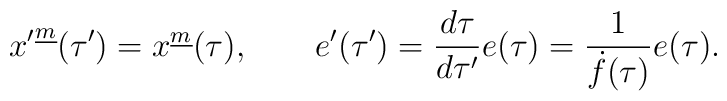
{x'}^{\underline m}(\tau')=x^{\underline m}(\tau), \qquad e'(\tau')={d\tau\over{d\tau'}}e(\tau)={1\over{\dot f(\tau)}}e(\tau).